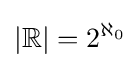
|\mathbb {R} |=2^{\aleph _{0}}